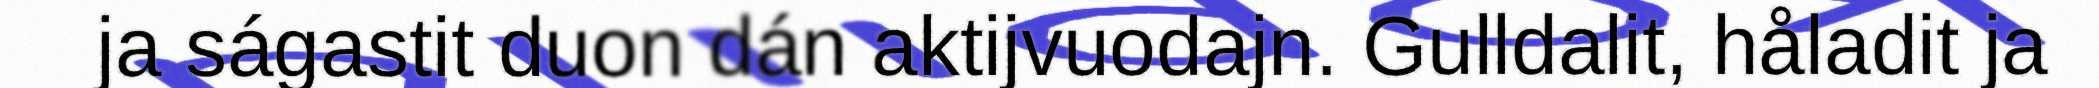
ja ságastit duon dán aktijvuodajn. Gulldalit, håladit ja